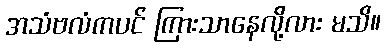
အသံဗလံကပင် ကြားသာနေလို့လား မသိ။